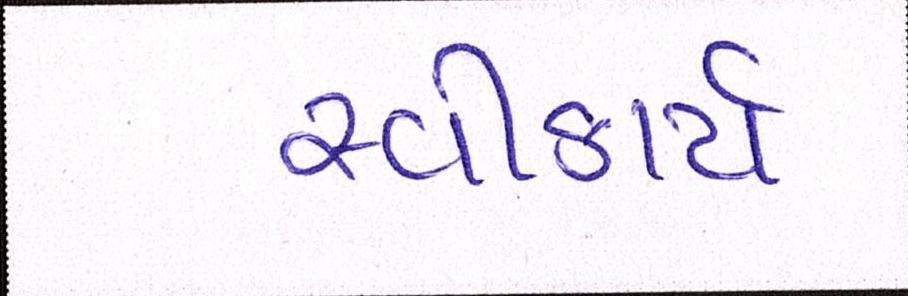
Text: સ્વીકાર્ય